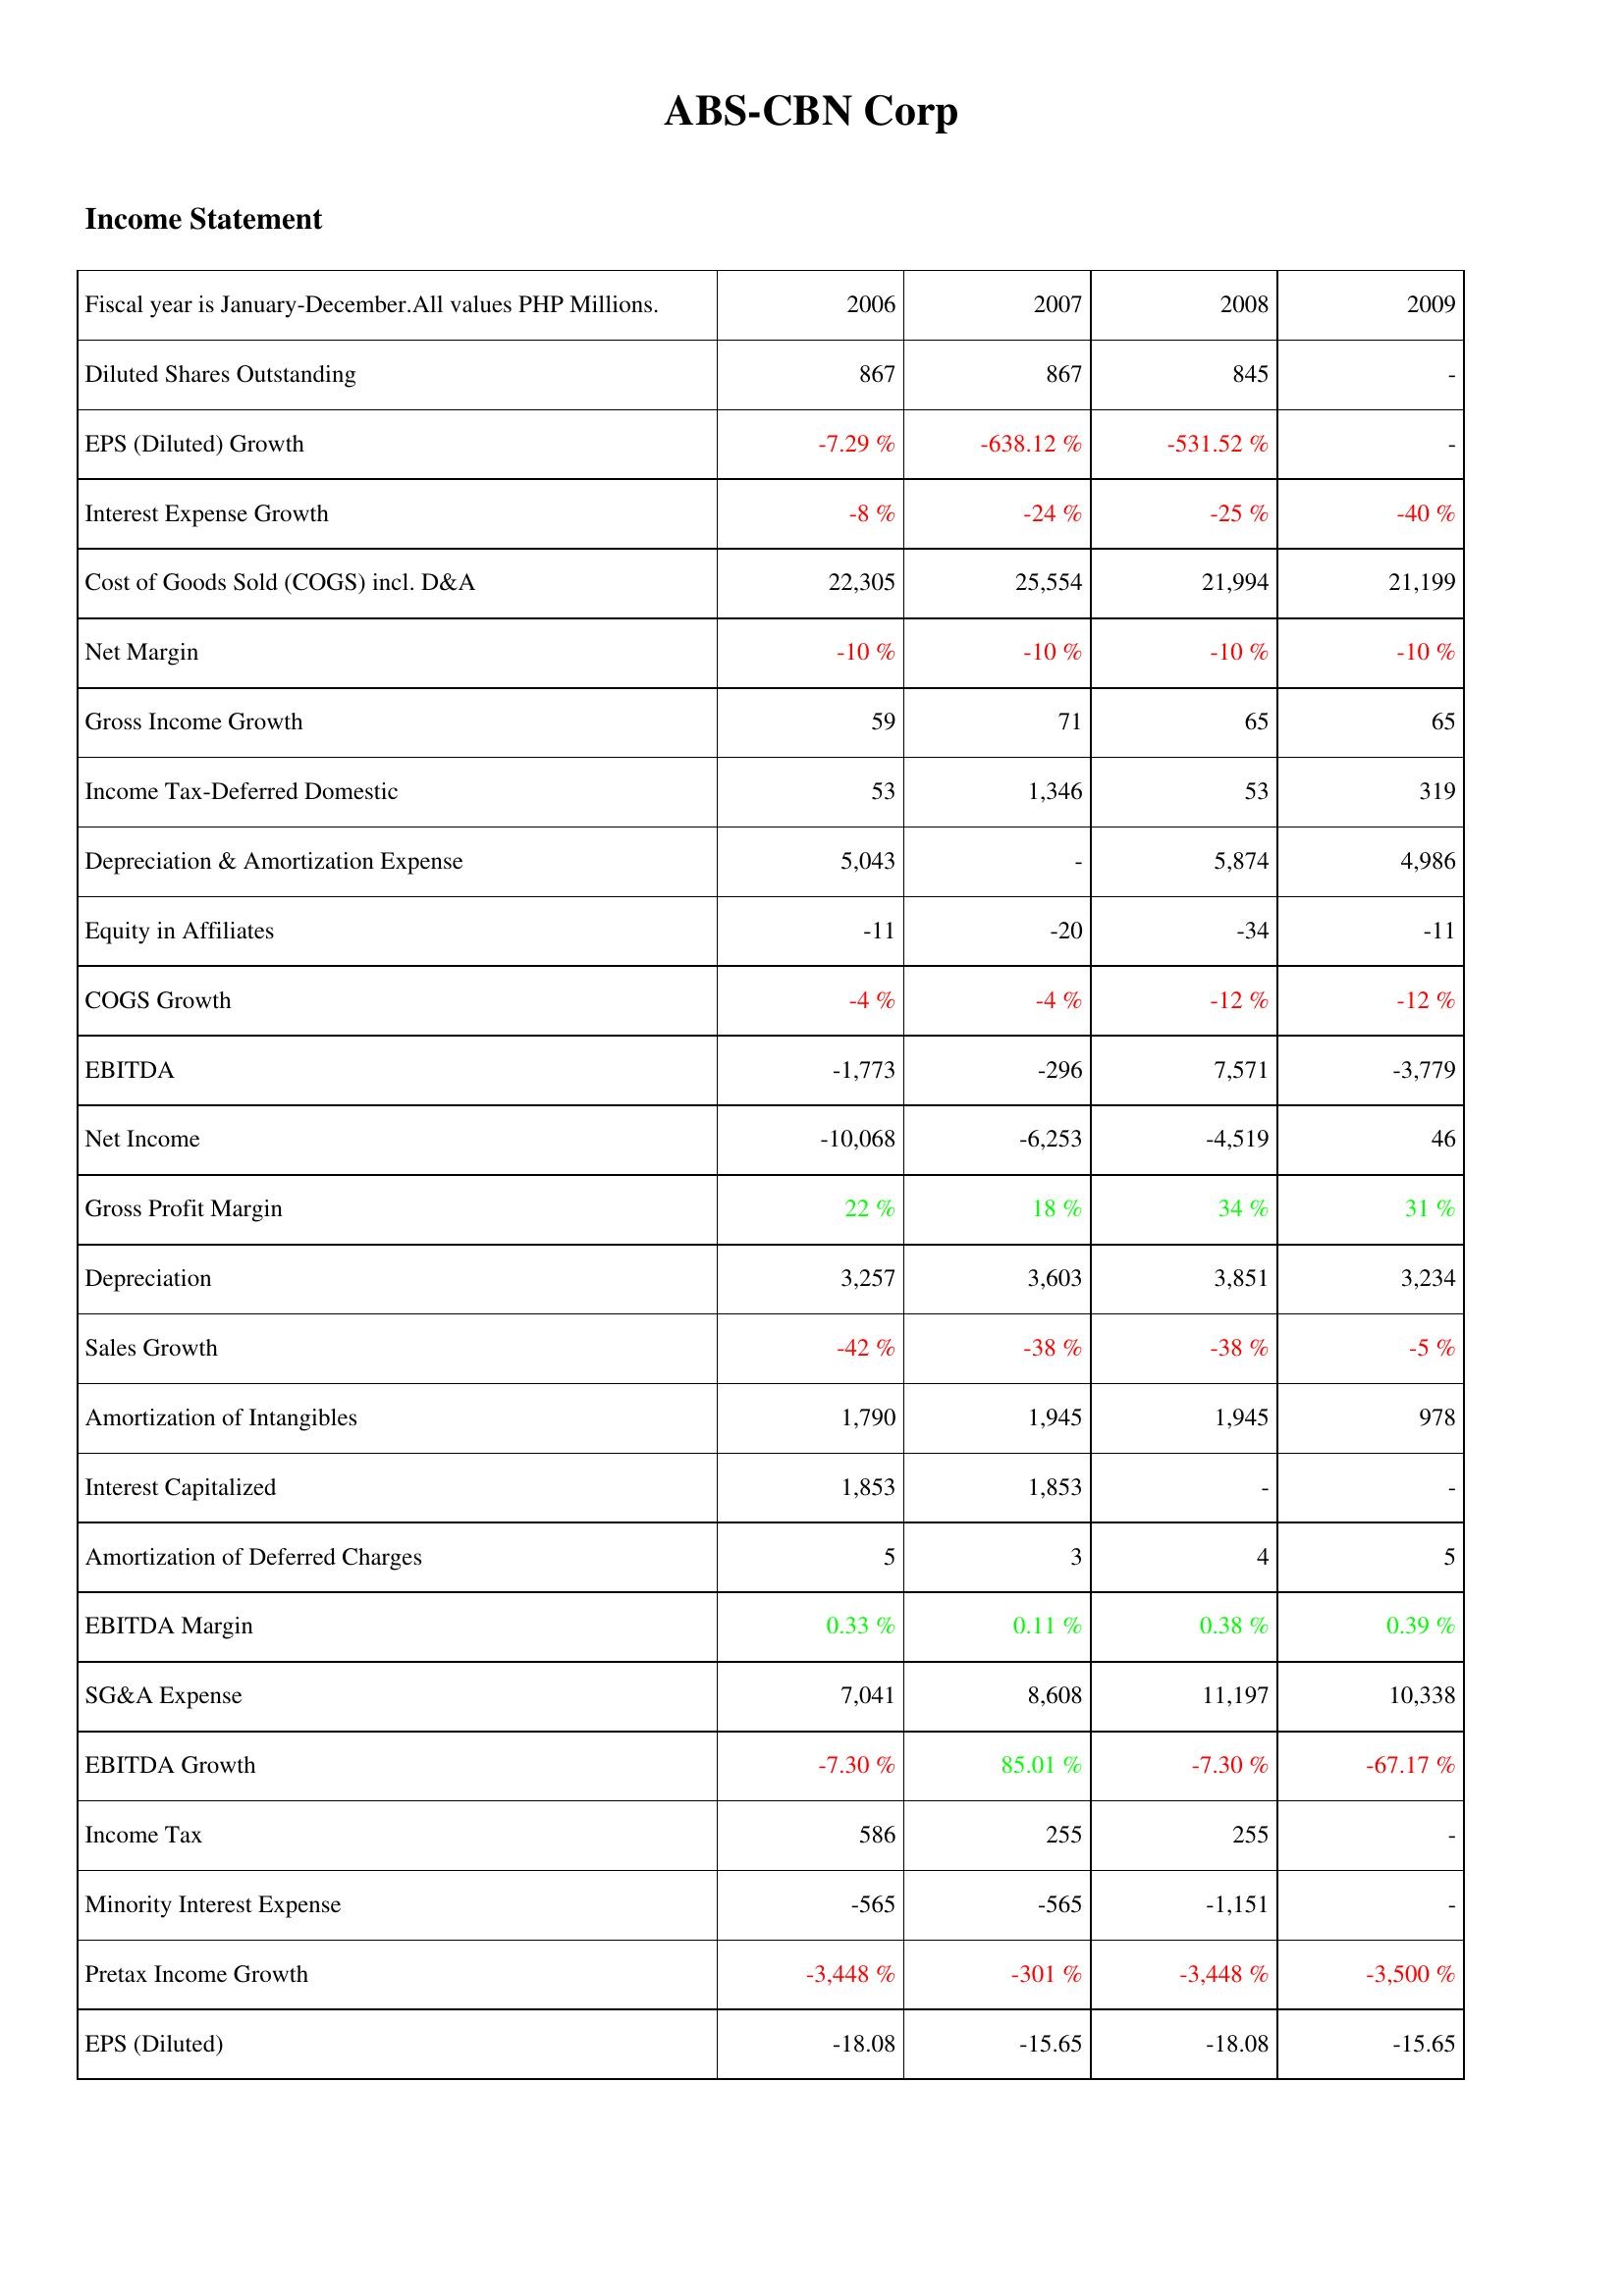
2006: Income Statement: Diluted Shares Outstanding: 867
EPS (Diluted) Growth: -7.29 %
Interest Expense Growth: -8 %
Cost of Goods Sold (COGS) incl. D&A: 22,305
Net Margin: -10 %
Gross Income Growth: 59
Income Tax-Deferred Domestic: 53
Depreciation & Amortization Expense: 5,043
Equity in Affiliates: -11
COGS Growth: -4 %
EBITDA: -1,773
Net Income: -10,068
Gross Profit Margin: 22 %
Depreciation: 3,257
Sales Growth: -42 %
Amortization of Intangibles: 1,790
Interest Capitalized: 1,853
Amortization of Deferred Charges: 5
EBITDA Margin: 0.33 %
SG&A Expense: 7,041
EBITDA Growth: -7.30 %
Income Tax: 586
Minority Interest Expense: -565
Pretax Income Growth: -3,448 %
EPS (Diluted): -18.08
2007: Income Statement: Diluted Shares Outstanding: 867
EPS (Diluted) Growth: -638.12 %
Interest Expense Growth: -24 %
Cost of Goods Sold (COGS) incl. D&A: 25,554
Net Margin: -10 %
Gross Income Growth: 71
Income Tax-Deferred Domestic: 1,346
Depreciation & Amortization Expense: -
Equity in Affiliates: -20
COGS Growth: -4 %
EBITDA: -296
Net Income: -6,253
Gross Profit Margin: 18 %
Depreciation: 3,603
Sales Growth: -38 %
Amortization of Intangibles: 1,945
Interest Capitalized: 1,853
Amortization of Deferred Charges: 3
EBITDA Margin: 0.11 %
SG&A Expense: 8,608
EBITDA Growth: 85.01 %
Income Tax: 255
Minority Interest Expense: -565
Pretax Income Growth: -301 %
EPS (Diluted): -15.65
2008: Income Statement: Diluted Shares Outstanding: 845
EPS (Diluted) Growth: -531.52 %
Interest Expense Growth: -25 %
Cost of Goods Sold (COGS) incl. D&A: 21,994
Net Margin: -10 %
Gross Income Growth: 65
Income Tax-Deferred Domestic: 53
Depreciation & Amortization Expense: 5,874
Equity in Affiliates: -34
COGS Growth: -12 %
EBITDA: 7,571
Net Income: -4,519
Gross Profit Margin: 34 %
Depreciation: 3,851
Sales Growth: -38 %
Amortization of Intangibles: 1,945
Interest Capitalized: -
Amortization of Deferred Charges: 4
EBITDA Margin: 0.38 %
SG&A Expense: 11,197
EBITDA Growth: -7.30 %
Income Tax: 255
Minority Interest Expense: -1,151
Pretax Income Growth: -3,448 %
EPS (Diluted): -18.08
2009: Income Statement: Diluted Shares Outstanding: -
EPS (Diluted) Growth: -
Interest Expense Growth: -40 %
Cost of Goods Sold (COGS) incl. D&A: 21,199
Net Margin: -10 %
Gross Income Growth: 65
Income Tax-Deferred Domestic: 319
Depreciation & Amortization Expense: 4,986
Equity in Affiliates: -11
COGS Growth: -12 %
EBITDA: -3,779
Net Income: 46
Gross Profit Margin: 31 %
Depreciation: 3,234
Sales Growth: -5 %
Amortization of Intangibles: 978
Interest Capitalized: -
Amortization of Deferred Charges: 5
EBITDA Margin: 0.39 %
SG&A Expense: 10,338
EBITDA Growth: -67.17 %
Income Tax: -
Minority Interest Expense: -
Pretax Income Growth: -3,500 %
EPS (Diluted): -15.65